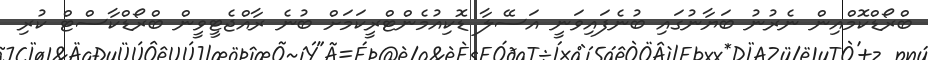
ބްރޯޑްކޮމްއިން ނެރުނު ބަޔާނުގައި ބުނެފައިވަނީ އަސޭލާ ޑޮކިއުމެންޓްރީކަމަށް ބުނެ ރާއްޖެޓީވީން ބްރޯޑްކާސްޓް ކުރި